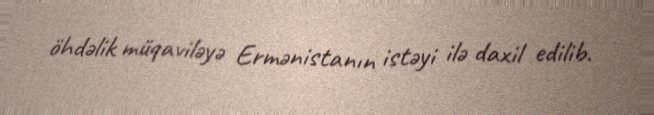
öhdəlik müqaviləyə Ermənistanın istəyi ilə daxil edilib.